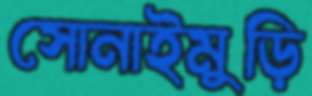
সোনাইমুড়ি